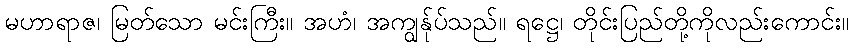
မဟာရာဇ၊ မြတ်သော မင်းကြီး။ အဟံ၊ အကျွန်ုပ်သည်။ ရဋ္ဌေ၊ တိုင်းပြည်တို့ကိုလည်းကောင်း။